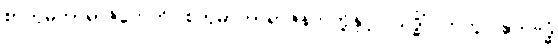
စာတုမဟာရာဇိကေဟိ၊ စတုမာဟာရာဇ်နတ်တို့နှင့်။ သဒ္ဓိံ၊ တကွ။ ဧကဗဒ္ဓံ